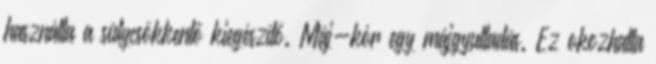
használta a súlycsökkentő kiegészítő. Máj-kór egy májgyulladás. Ez okozhatta